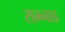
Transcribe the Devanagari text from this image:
राम्नाड